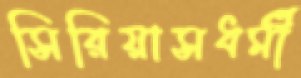
সিরিয়াসধর্মী